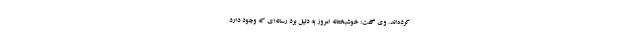
کرده‌اند. وی گفت: خوشبختانه امروز به دلیل برد رسانه‌ای که وجود دارد